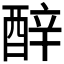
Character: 𬪬